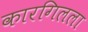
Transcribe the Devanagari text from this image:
कारगिलला